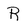
Character: R